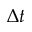
\Delta t